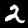
Digit: 2